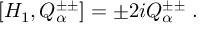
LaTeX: [ H _ { 1 } , Q _ { \alpha } ^ { \pm \pm } ] = \pm 2 i Q _ { \alpha } ^ { \pm \pm } \; .